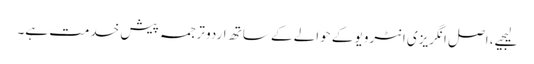
لیجیے، اصل انگریزی انٹرویو کے حوالے کے ساتھ اردو ترجمہ پیش خدمت ہے۔